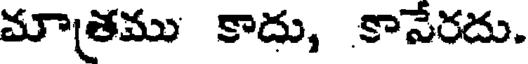
మాత్రము కాదు, కానేరదు.